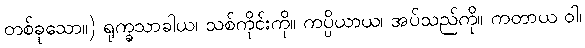
တစ်ခုသော။) ရုက္ခသာခါယ၊ သစ်ကိုင်းကို။ ကပ္ပိယာယ၊ အပ်သည်ကို။ ကတာယ ဝါ၊